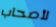
لأصحاب